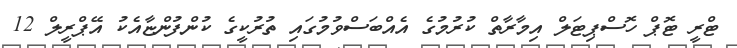
ޓްރީ ޓޮޕް ހޮސްޕިޓަލް އިމާރާތް ކުރުމުގެ އެއްބަސްވުމުގައި ތުރުކީގެ ކުންފުންޏާއެކު އޭޕްރީލް 12